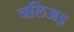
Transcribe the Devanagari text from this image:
चलिअइ